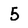
Character: 5